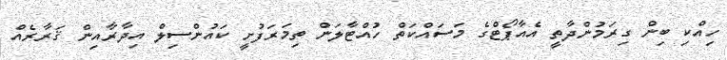
ހިއްކި ބިން ގިރަމުންދާތީ އެއާޕޯޓްގެ މަސައްކަތް ހުއްޓާލަން ތިމަރަފުށީ ކައުންސިލް އިދާރާއިން ޤަރާރެއް